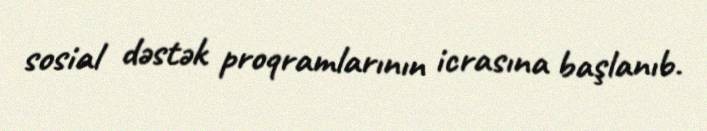
sosial dəstək proqramlarının icrasına başlanıb.